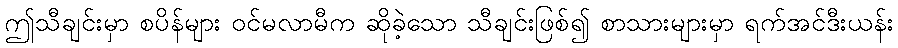
ဤသီချင်းမှာ စပိန်များ ဝင်မလာမီက ဆိုခဲ့သော သီချင်းဖြစ်၍ စာသားများမှာ ရက်အင်ဒီးယန်း